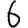
Digit: 6